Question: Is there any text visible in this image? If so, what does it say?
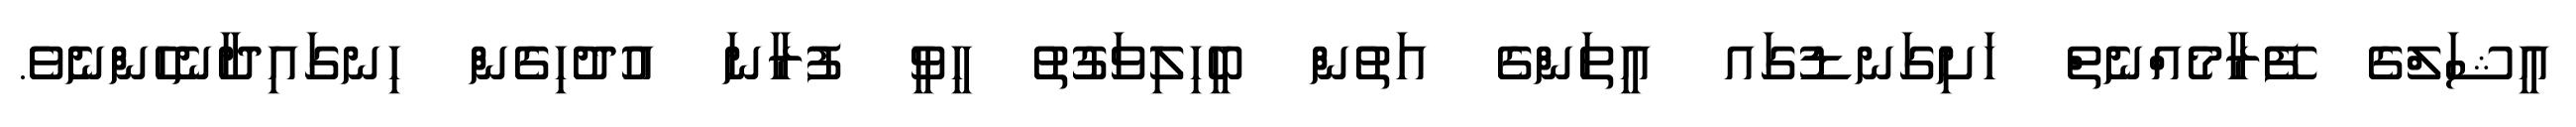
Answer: އީޝަލްގެ ފޭރާމެއްނެތް ހަށިގަނޑުގައ އީތަންގެ އަތުން ބީހިލިވަގުތު ހީވީ ފުރާނަ އުދުހިގެން ހިނގައިދާނެހެންނެވެ.